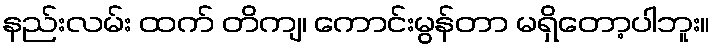
နည်းလမ်း ထက် တိကျ၊ ကောင်းမွန်တာ မရှိတော့ပါဘူး။